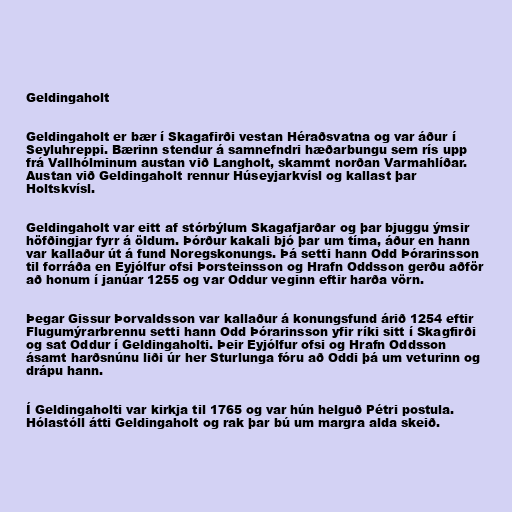
Geldingaholt

Geldingaholt er bær í Skagafirði vestan Héraðsvatna og var áður í
Seyluhreppi. Bærinn stendur á samnefndri hæðarbungu sem rís upp
frá Vallhólminum austan við Langholt, skammt norðan Varmahlíðar.
Austan við Geldingaholt rennur Húseyjarkvísl og kallast þar
Holtskvísl.

Geldingaholt var eitt af stórbýlum Skagafjarðar og þar bjuggu ýmsir
höfðingjar fyrr á öldum. Þórður kakali bjó þar um tíma, áður en hann
var kallaður út á fund Noregskonungs. Þá setti hann Odd Þórarinsson
til forráða en Eyjólfur ofsi Þorsteinsson og Hrafn Oddsson gerðu aðför
að honum í janúar 1255 og var Oddur veginn eftir harða vörn.

Þegar Gissur Þorvaldsson var kallaður á konungsfund árið 1254 eftir
Flugumýrarbrennu setti hann Odd Þórarinsson yfir ríki sitt í Skagfirði
og sat Oddur í Geldingaholti. Þeir Eyjólfur ofsi og Hrafn Oddsson
ásamt harðsnúnu liði úr her Sturlunga fóru að Oddi þá um veturinn og
drápu hann.

Í Geldingaholti var kirkja til 1765 og var hún helguð Pétri postula.
Hólastóll átti Geldingaholt og rak þar bú um margra alda skeið.